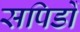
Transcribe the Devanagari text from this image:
सपिडों